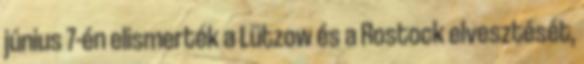
június 7-én elismerték a Lützow és a Rostock elvesztését,